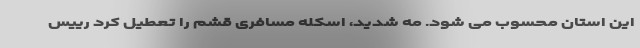
این استان محسوب می شود. مه شدید، اسکله مسافری قشم را تعطیل کرد رییس